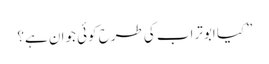
”کیا ابوتراب کی طرح کوئی جوان ہے؟